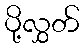
ပို့လွှတ်